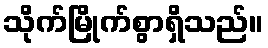
သိုက်မြိုက်စွာရှိသည်။